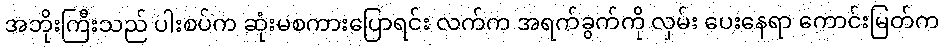
အဘိုးကြီးသည် ပါးစပ်က ဆုံးမစကားပြောရင်း လက်က အရက်ခွက်ကို လှမ်း ပေးနေရာ ကောင်းမြတ်က